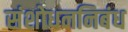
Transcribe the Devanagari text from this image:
संशोधननिबंध